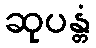
ဆုပန္တံ